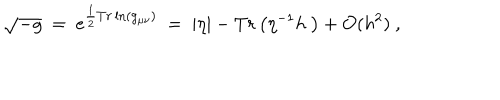
\sqrt { - g } ~ = ~ e ^ { \frac { 1 } { 2 } T r \ln ( g _ { \mu \nu } ) } ~ = ~ | \eta | - T r \left( \eta ^ { - 1 } h ~ \right) + { \cal O } ( h ^ { 2 } ) ~ ,